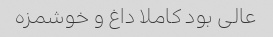
عالی بود کاملا داغ و خوشمزه